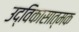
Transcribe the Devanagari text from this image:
उद्विकासात्मक